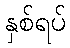
နှစ်ရပ်